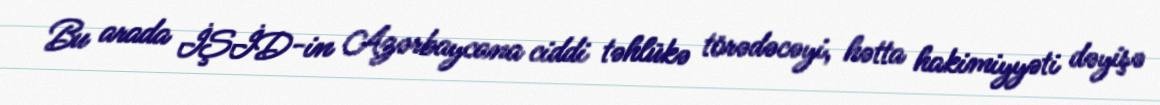
Bu arada İŞİD-in Azərbaycana ciddi təhlükə törədəcəyi, hətta hakimiyyəti dəyişə